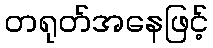
တရုတ်အနေဖြင့်